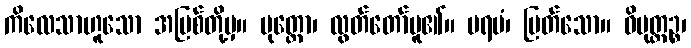
ကိလေသာဟူသော အပြစ်တို့မှ။ မုတ္တော၊ လွတ်တော်မူ၏။ ပရမံ၊ မြတ်သော။ ဝိမုတ္တဉ္စ၊